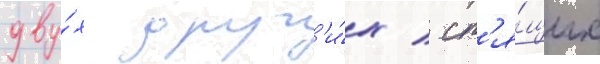
дву́х друг'и́х / сп'я́щих